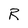
Character: R